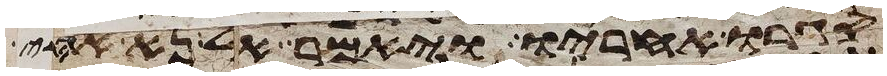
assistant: סגרו אחריו ויאמר אל נא אחי